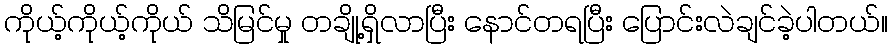
ကိုယ့်ကိုယ့်ကိုယ် သိမြင်မှု တချို့ရှိလာပြီး နောင်တရပြီး ပြောင်းလဲချင်ခဲ့ပါတယ်။